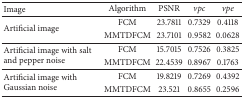
<table><thead><tr><td><b>Image</b></td><td><b>Algorithm</b></td><td><b>PSNR</b></td><td><b><i>vpc </i></b></td><td><b><i>vpe </i></b></td></tr></thead><tbody><tr><td rowspan="2">Artificial image</td><td>FCM</td><td>23.7811</td><td>0.7329</td><td>0.4118</td></tr><tr><td>MMTDFCM</td><td>23.7101</td><td>0.9582</td><td>0.0628</td></tr><tr><td rowspan="2">Artificial image with salt and pepper noise</td><td>FCM</td><td>15.7015</td><td>0.7526</td><td>0.3825</td></tr><tr><td>MMTDFCM</td><td>22.4539</td><td>0.8967</td><td>0.1763</td></tr><tr><td rowspan="2">Artificial image with Gaussian noise</td><td>FCM</td><td>19.8219</td><td>0.7269</td><td>0.4392</td></tr><tr><td>MMTDFCM</td><td>23.521</td><td>0.8655</td><td>0.2596</td></tr></tbody></table>